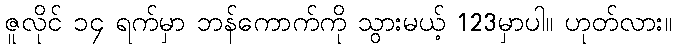
ဇူလိုင် ၁၄ ရက်မှာ ဘန်ကောက်ကို သွားမယ့် 123မှာပါ။ ဟုတ်လား။